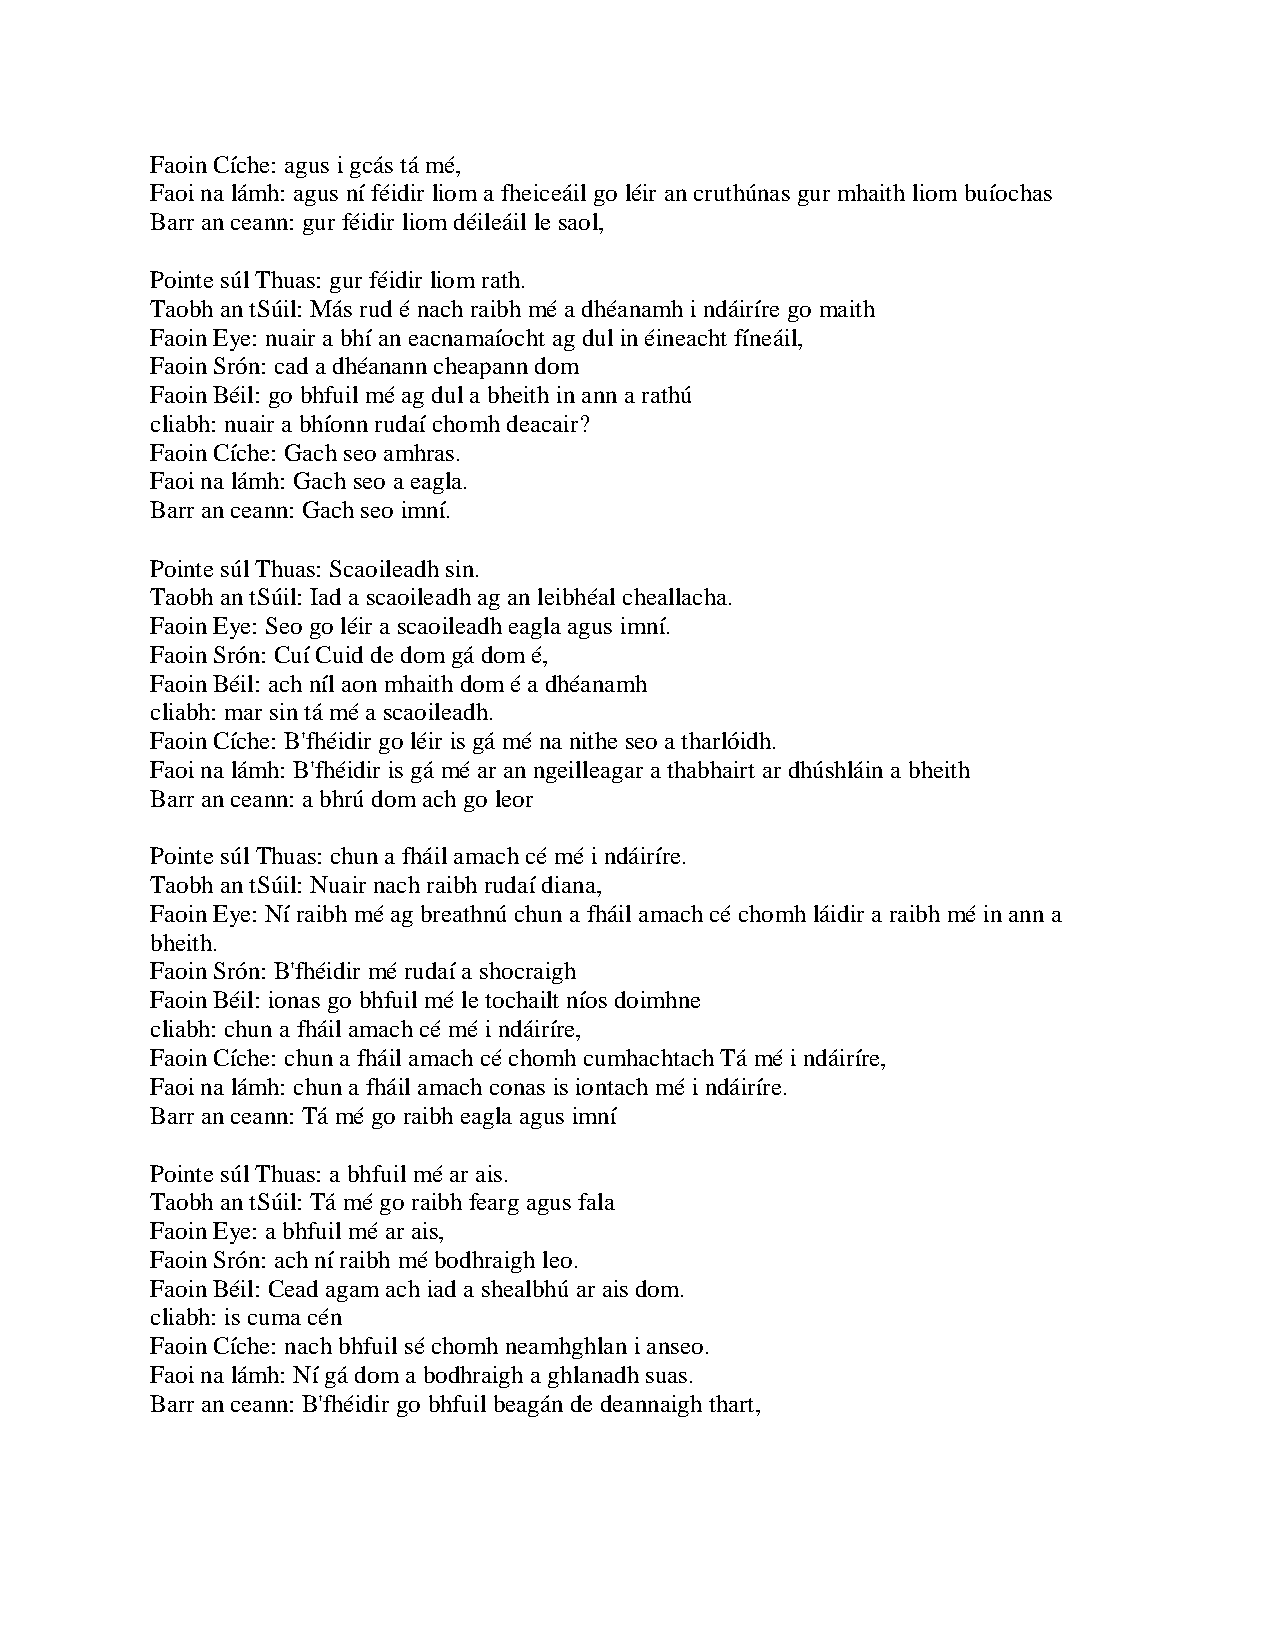
Faoin Cíche: agus i gcás tá mé,
 Faoi na lámh: agus ní féidir liom a fheiceáil go léir an cruthúnas gur mhaith liom buíochas
 Barr an ceann: gur féidir liom déileáil le saol,
 Pointe súl Thuas: gur féidir liom rath.
 Taobh an tSúil: Más rud é nach raibh mé a dhéanamh i ndáiríre go maith
 Faoin Eye: nuair a bhí an eacnamaíocht ag dul in éineacht fíneáil,
 Faoin Srón: cad a dhéanann cheapann dom
 Faoin Béil: go bhfuil mé ag dul a bheith in ann a rathú
 cliabh: nuair a bhíonn rudaí chomh deacair?
 Faoin Cíche: Gach seo amhras.
 Faoi na lámh: Gach seo a eagla.
 Barr an ceann: Gach seo imní.
 Pointe súl Thuas: Scaoileadh sin.
 Taobh an tSúil: Iad a scaoileadh ag an leibhéal cheallacha.
 Faoin Eye: Seo go léir a scaoileadh eagla agus imní.
 Faoin Srón: Cuí Cuid de dom gá dom é,
 Faoin Béil: ach níl aon mhaith dom é a dhéanamh
 cliabh: mar sin tá mé a scaoileadh.
 Faoin Cíche: B'fhéidir go léir is gá mé na nithe seo a tharlóidh.
 Faoi na lámh: B'fhéidir is gá mé ar an ngeilleagar a thabhairt ar dhúshláin a bheith
 Barr an ceann: a bhrú dom ach go leor
 Pointe súl Thuas: chun a fháil amach cé mé i ndáiríre.
 Taobh an tSúil: Nuair nach raibh rudaí diana,
 Faoin Eye: Ní raibh mé ag breathnú chun a fháil amach cé chomh láidir a raibh mé in ann a
 bheith.
 Faoin Srón: B'fhéidir mé rudaí a shocraigh
 Faoin Béil: ionas go bhfuil mé le tochailt níos doimhne
 cliabh: chun a fháil amach cé mé i ndáiríre,
 Faoin Cíche: chun a fháil amach cé chomh cumhachtach Tá mé i ndáiríre,
 Faoi na lámh: chun a fháil amach conas is iontach mé i ndáiríre.
 Barr an ceann: Tá mé go raibh eagla agus imní
 Pointe súl Thuas: a bhfuil mé ar ais.
 Taobh an tSúil: Tá mé go raibh fearg agus fala
 Faoin Eye: a bhfuil mé ar ais,
 Faoin Srón: ach ní raibh mé bodhraigh leo.
 Faoin Béil: Cead agam ach iad a shealbhú ar ais dom.
 cliabh: is cuma cén
 Faoin Cíche: nach bhfuil sé chomh neamhghlan i anseo.
 Faoi na lámh: Ní gá dom a bodhraigh a ghlanadh suas.
 Barr an ceann: B'fhéidir go bhfuil beagán de deannaigh thart,